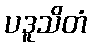
ပဒူသိတံ